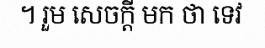
។ រួម សេចក្តី មក ថា ទេវ